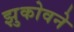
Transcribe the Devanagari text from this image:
झुकोवने